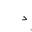
Letter: _dal